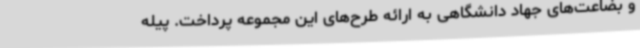
و بضاعت‌های جهاد دانشگاهی به ارائه طرح‌های این مجموعه پرداخت. پیله